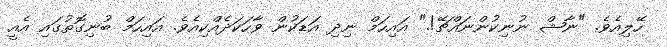
ހޭލިއެވެ. "ނާޝް ނުނިކުންނައްޗޭ!." އައިހަމް ނިދި އަޑަކުން ވާހަކަދެއްކިއެވެ. އައިހަމް ބުނިގޮތުގައި އެއީ